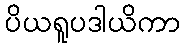
ပိယရူပဒါယိကာ